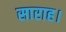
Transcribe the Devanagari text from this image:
साराह।